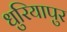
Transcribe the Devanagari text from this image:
धुरियापुर